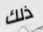
ذلك